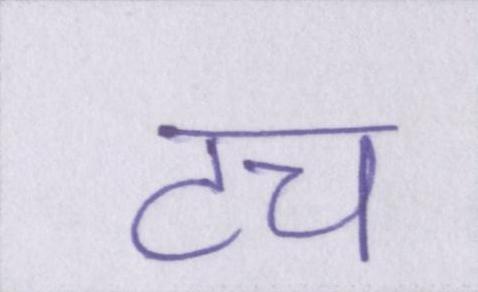
टच